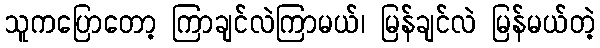
သူကပြောတော့ ကြာချင်လဲကြာမယ်၊ မြန်ချင်လဲ မြန်မယ်တဲ့